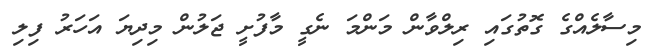
މިސާލެއްގެ ގޮތުގައި ރިލްވާން މަންމަ ނެގީ މާފުށީ ޖަލުން މިދިޔަ އަހަރު ފިލި